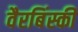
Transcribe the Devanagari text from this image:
वैरबिंस्की